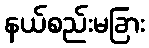
နယ်စည်းမခြား